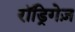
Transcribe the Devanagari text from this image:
रॉड्रिगेज़